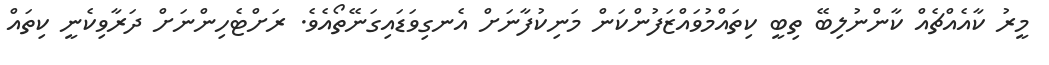
މީރު ކާއެއްޗެއް ކާންނުލިބޭ ތިބީ ކިތައްމުވައްޒަފުންކަން މަނިކުފާނަށް އެނގިވަޑައިގަނޭތޯއެވެ. ރަށްޓެހިންނަށް ދަރާވިކެނީ ކިތައް